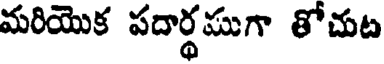
మరియొక పదార్థముగా తోచుట